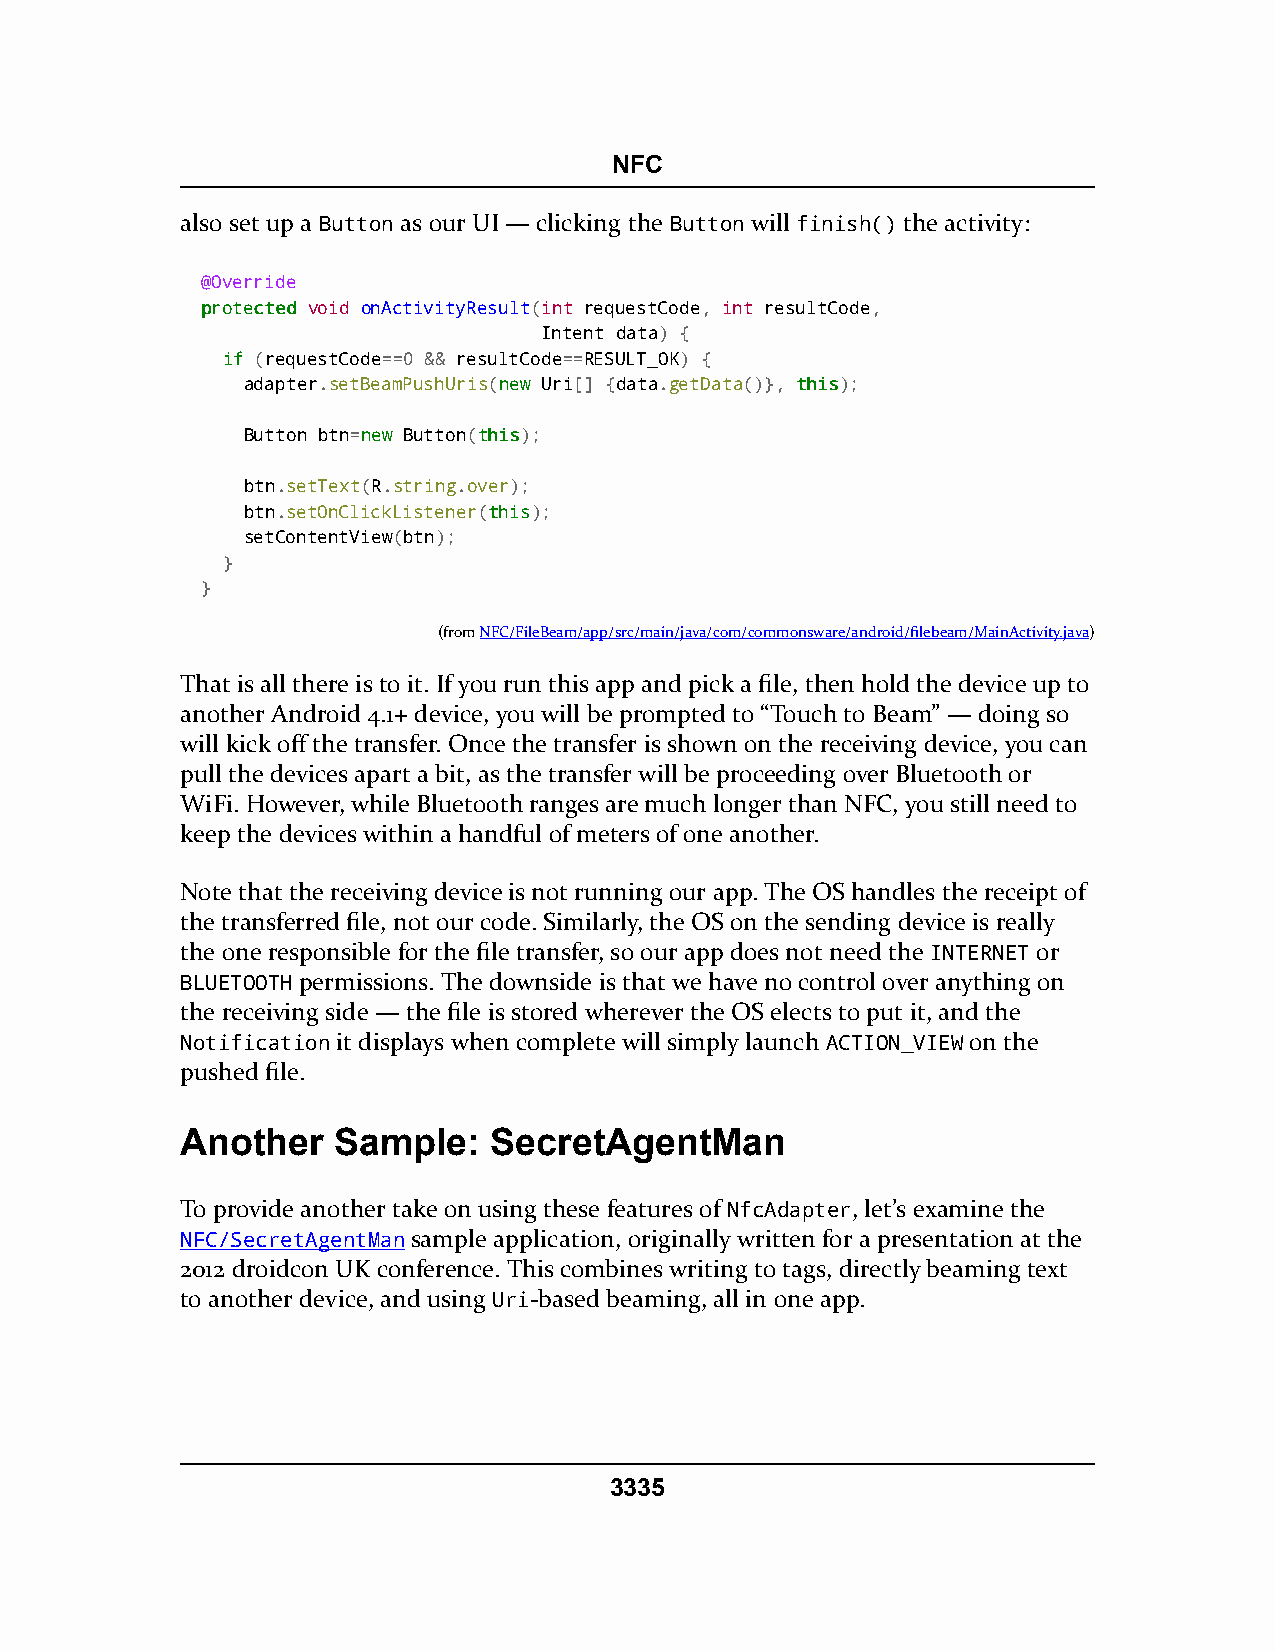
NFC
 also set up a Button as our UI — clicking the Button will finish() the activity:
 @Override
 pprrootteecctteedd void onActivityResult(int requestCode, int resultCode,
 Intent data) {
 iiff (requestCode==0 && resultCode==RESULT_OK) {
 adapter.setBeamPushUris(nneeww Uri[] {data.getData()}, tthhiiss);
 Button btn=nneeww Button(tthhiiss);
 btn.setText(R.string.over);
 btn.setOnClickListener(tthhiiss);
 setContentView(btn);
 }
 }
 (fromNFC/FileBeam/app/src/main/java/com/commonsware/android/filebeam/MainActivity.java)
 That is all there is to it. If you run this app and pick a file, then hold the device up to
 another Android 4.1+ device, you will be prompted to “Touch to Beam” — doing so
 will kick off the transfer. Once the transfer is shown on the receiving device, you can
 pull the devices apart a bit, as the transfer will be proceeding over Bluetooth or
 WiFi. However, while Bluetooth ranges are much longer than NFC, you still need to
 keep the devices within a handful of meters of one another.
 Note that the receiving device is not running our app. The OS handles the receipt of
 the transferred file, not our code. Similarly, the OS on the sending device is really
 the one responsible for the file transfer, so our app does not need the INTERNET or
 BLUETOOTH permissions. The downside is that we have no control over anything on
 the receiving side — the file is stored wherever the OS elects to put it, and the
 Notification it displays when complete will simply launch ACTION_VIEW on the
 pushed file.
 Another   Sample:   SecretAgentMan
 To provide another take on using these features of NfcAdapter, let’s examine the
 NFC/SecretAgentMan sample application, originally written for a presentation at the
 2012 droidcon UK conference. This combines writing to tags, directly beaming text
 to another device, and using Uri-based beaming, all in one app.
 3335